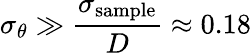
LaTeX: \sigma_{\theta}\gg\frac{\sigma_{\textnormal{sample}}}{D}\approx 0.18